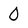
Character: 0